Annual administration report of the Civil Veterinary Department of India - 1896-1897
Year: 1896
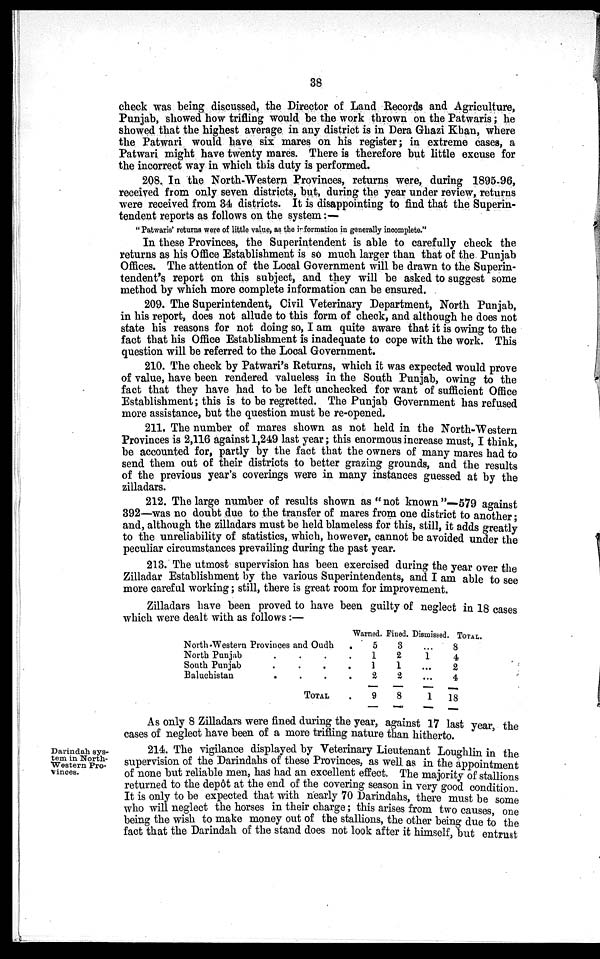
38
check was being discussed, the Director of Land Records and Agriculture,
Punjab, showed how trifling would be the work thrown on the Patwaris; he
showed that the highest average in any district is in Dera Ghazi Khan, where
the Patwari would have six mares on his register; in extreme cases, a
Patwari might have twenty mares. There is therefore but little excuse for
the incorrect way in which this duty is performed.
208. In the North-Western Provinces, returns were, during 1895-96,
received from only seven districts, but, during the year under review, returns
were received from 34 districts. It is disappointing to find that the Superin-
tendent reports as follows on the system:—
"Patwaris' returns were of little value, as the information in generally incomplete."
In these Provinces, the Superintendent is able to carefully check the
returns as his Office Establishment is so much larger than that of the Punjab
Offices. The attention of the Local Government will be drawn to the Superin-
tendent's report on this subject, and they will be asked to suggest some
method by which more complete information can be ensured.
209. The Superintendent, Civil Veterinary Department, North Punjab,
in his report, does not allude to this form of check, and although he does not
state his reasons for not doing so, I am quite aware that it is owing to the
fact that his Office Establishment is inadequate to cope with the work. This
question will be referred to the Local Government.
210. The check by Patwari's Returns, which it was expected would prove
of value, have been rendered valueless in the South Punjab, owing to the
fact that they have had to be left unchecked for want of sufficient Office
Establishment; this is to be regretted. The Punjab Government has refused
more assistance, but the question must be re-opened.
211. The number of mares shown as not held in the North-Western
Provinces is 2,116 against 1,249 last year; this enormous increase must, I think,
be accounted for, partly by the fact that the owners of many mares had to
send them out of their districts to better grazing grounds, and the results
of the previous year's coverings were in many instances guessed at by the
zilladars.
212. The large number of results shown as "not known"—579 against
392—was no doubt due to the transfer of mares from one district to another;
and, although the zilladars must be held blameless for this, still, it adds greatly
to the unreliability of statistics, which, however, cannot be avoided under the
peculiar circumstances prevailing during the past year.
213. The utmost supervision has been exercised during the year over the
Zilladar Establishment by the various Superintendents, and I am able to see
more careful working; still, there is great room for improvement.
Zilladars have been proved to have been guilty of neglect in 18 cases
which were dealt with as follows:—
North-western Provinces and Oudh
North Punjab . . .
South Punjab
.
.
.
.
Baluchistan
. . . .
TOTAL
Warned.
5
1
1
2
9
Fined.
3
2
1
2
8
Dismissed
...
1
...
...
1
TOTAL.
8
4
2
4
18
As only 8 Zilladars were fined during the year, against 17 last year the
cases of neglect have been of a more trifling nature than hitherto.
Darindah sys-
tem in North-
western Pro-
vinces.
214. The vigilance displayed by Veterinary Lieutenant Loughlin in the
supervision of the Darindahs of these Provinces, as well as in the appointment
of none but reliable men, has had an excellent effect. The majority of stallions
returned to the depôt at the end of the covering season in very good condition
It is only to be expected that with nearly 70 Darindahs, there must be some
who will neglect the horses in their charge; this arises from two causes, one
being the wish to make money out of the stallions, the other being due to the
fact that the Darindah of the stand does not look after it himself, but entrust